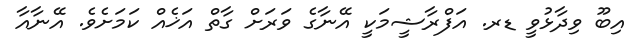
އިބޫ ވިދާޅުވީ ޑރ. އަފްރާޝީމަކީ އޭނާގެ ވަރަށް ގާތް އަޚެއް ކަމަށެވެ. އޭނާއާ